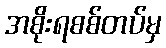
အစိုးရစစ်တပ်မှ